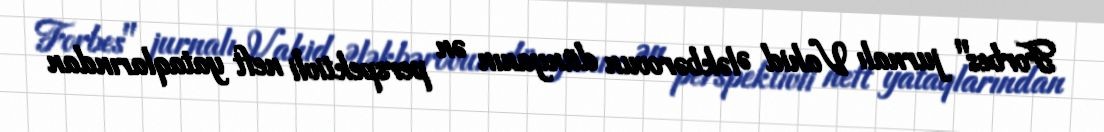
Forbes" jurnalı Vahid Ələkbərovun dünyanın ən perspektivli neft yataqlarından